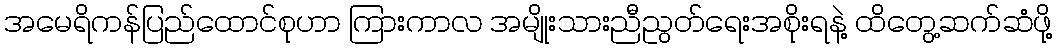
အမေရိကန်ပြည်ထောင်စုဟာ ကြားကာလ အမျိုးသားညီညွတ်ရေးအစိုးရနဲ့ ထိတွေ့ဆက်ဆံဖို့